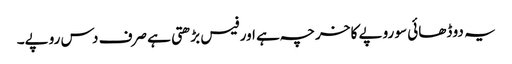
یہ دو ڈھائی سو روپے کا خرچہ ہے اور فیس بڑھتی ہے صرف دس روپے۔